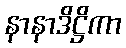
နာနာဒိဋ္ဌိကာ